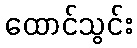
ထောင်သွင်း